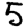
Digit: 5